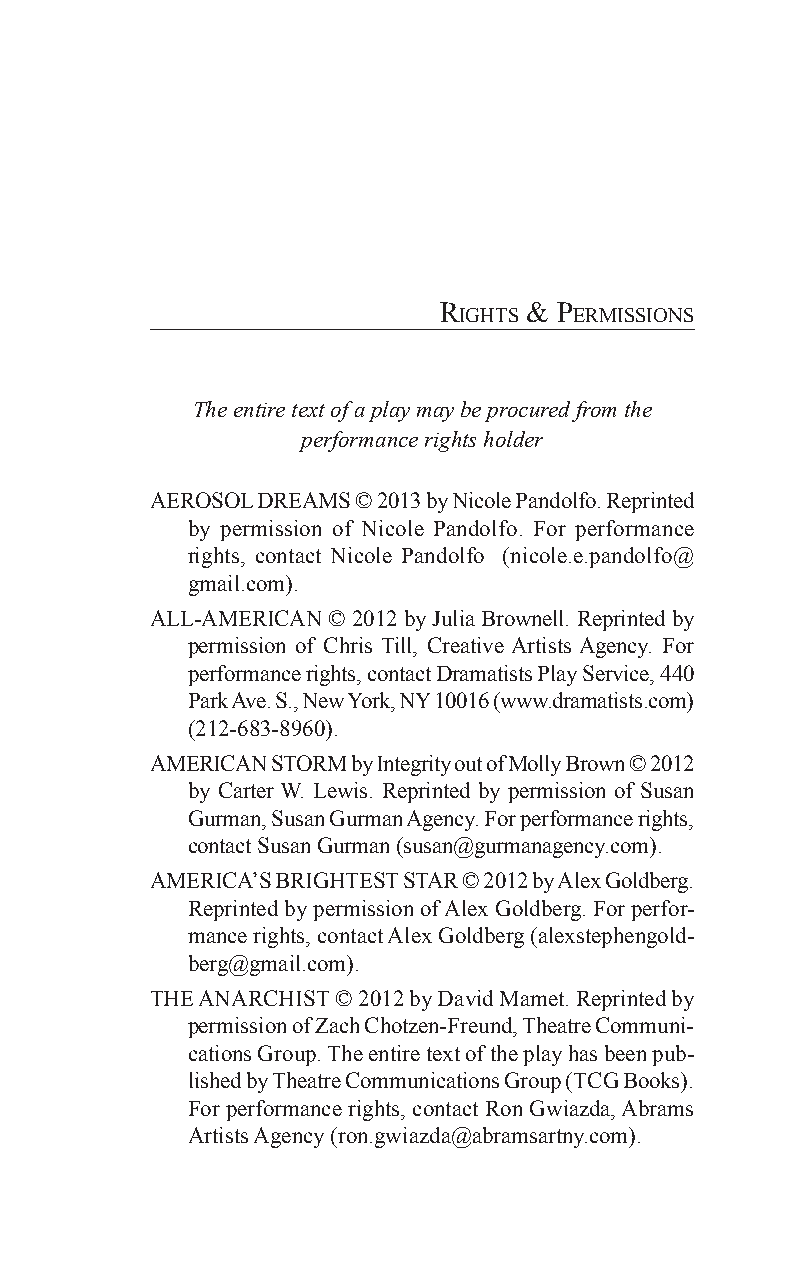
righTs & Permissions
 The entire text of a play may be procured from the
 performance rights holder
 AEROSOL DREAMS © 2013 by Nicole Pandolfo. Reprinted
 by permission of Nicole Pandolfo. For performance
 rights, contact Nicole Pandolfo (nicole.e.pandolfo@
 gmail.com).
 ALL-AMERICAN © 2012 by Julia Brownell. Reprinted by
 permission of Chris Till, Creative Artists Agency. For
 performance rights, contact Dramatists Play Service, 440
 Park Ave. S., New York, NY 10016 (www.dramatists.com)
 (212-683-8960).
 AMERICAN STORM by Integrity out of Molly Brown © 2012
 by Carter W. Lewis. Reprinted by permission of Susan
 Gurman, Susan Gurman Agency. For performance rights,
 contact Susan Gurman (susan@gurmanagency.com).
 AMERICA’S BRIGHTEST STAR © 2012 by Alex Goldberg.
 Reprinted by permission of Alex Goldberg. For perfor-
 mance rights, contact Alex Goldberg (alexstephengold-
 berg@gmail.com).
 THE ANARCHIST © 2012 by David Mamet. Reprinted by
 permission of Zach Chotzen-Freund, Theatre Communi-
 cations Group. The entire text of the play has been pub-
 lished by Theatre Communications Group (TCG Books).
 For performance rights, contact Ron Gwiazda, Abrams
 Artists Agency (ron.gwiazda@abramsartny.com).